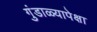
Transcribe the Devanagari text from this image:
गुंडाळ्यापेक्षा